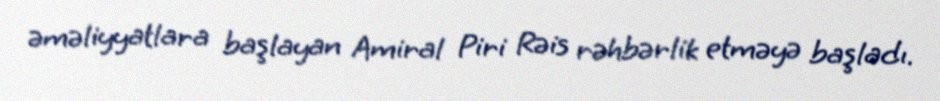
əməliyyatlara başlayan Amiral Piri Rəis rəhbərlik etməyə başladı.